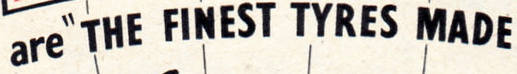
are"THE FINEST TYRES MADE